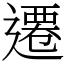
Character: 遷